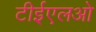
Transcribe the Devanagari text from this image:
टीईएलओ